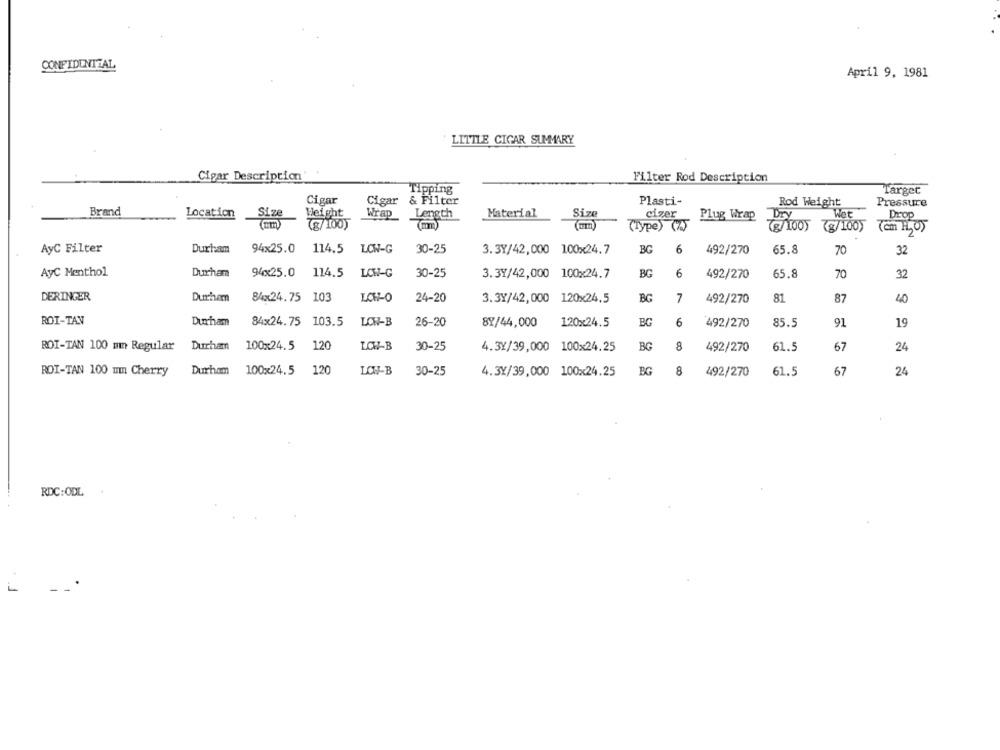
CONFIDENTIAL
April 9, 1981
LITTLE CIGAR SUMMARY
Cigar Description
Filter Rod Description
Tipping
Target
Cigar
Cigar & Filter
Plasti-
Rod Weight
Pressure
Brand
Location
Weight
Wrap
Material
Size
cizer
Plug Wrap
Dry
Wet
Drop
Size
Length
(Type) (7)
(g/100) (g/100)
Zem H,0)
AyC Filter
BC
Durham
94x25.0 114.5 LOW-G
30-25
3.3Y/42,000 100x24.7
6
492/270
65.8
70
32
AyC Menthol
Durham
94x25.0 114.5 LOW-G
30-25
3.37/42,000 100x24.7
BG
6
492/270
65.8
70
32
DERINGER
Durham
84x24.75 103
LOW-O
24-20
3.3Y/42,000 120x24.5
BG
7
492/270
81
87
ROT-TAN
Durcham
84x24.75 103.5
LOW-B
26-20
8Y/44,000
120x24.5
BC
6
492/270
85.5
91
19
Durham
100x24.5
120
LOW-B
BG
8
67
ROI-TAN 100 mn Regular
30-25
4.3Y/39,000 100x24.25
492/270
61.5
24
ROI-TAN 100 mm Cherry
Durham
100x24.5
120
LOW-B
30-25
4.3Y/39,000 100x24.25
BG
8
492/270
61.5
67
24
RDC:ODL
1